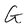
Character: G